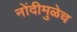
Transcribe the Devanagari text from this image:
नोंदीमुळेच